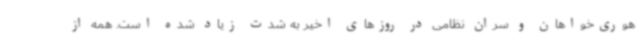
هوری‌خواهان و سران نظامی در روزهای اخیر به شدت زیاد شده است. همه از